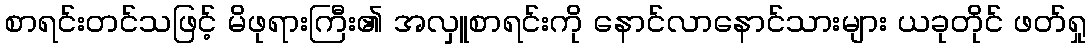
စာရင်းတင်သဖြင့် မိဖုရားကြီး၏ အလှူစာရင်းကို နောင်လာနောင်သားများ ယခုတိုင် ဖတ်ရှု